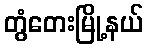
တွံတေးမြို့နယ်